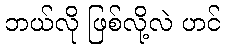
ဘယ်လို ဖြစ်လို့လဲ ဟင်